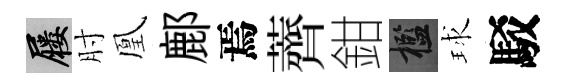
屨肘凰鄜焉薺鉗檻球駁